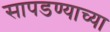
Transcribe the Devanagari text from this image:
सापडण्याच्या